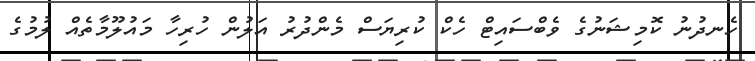
ހެނދުނު ކޮމިޝަނުގެ ވެބްސައިޓް ހެކް ކުރިޔަސް މެންދުރު އަލުން ހުރިހާ މައުލޫމާތެއް ލުމުގެ